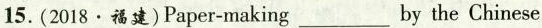
15. (2018·福建)Paper-making___by the Chinese